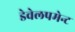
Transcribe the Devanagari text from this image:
डेवेलपमेन्ट